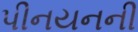
પીનયનની